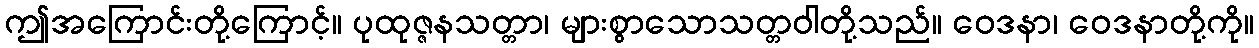
ဤအကြောင်းတို့ကြောင့်။ ပုထုဇ္ဇနသတ္တာ၊ များစွာသောသတ္တဝါတို့သည်။ ဝေဒနာ၊ ဝေဒနာတို့ကို။